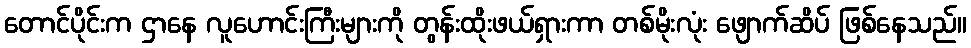
တောင်ပိုင်းက ဌာနေ လူဟောင်းကြီးများကို တွန်းထိုးဖယ်ရှားကာ တစ်မိုးလုံး ဖျောက်ဆိပ် ဖြစ်နေသည်။